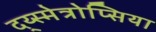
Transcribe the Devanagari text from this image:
द्य्स्मेत्रोप्सिया